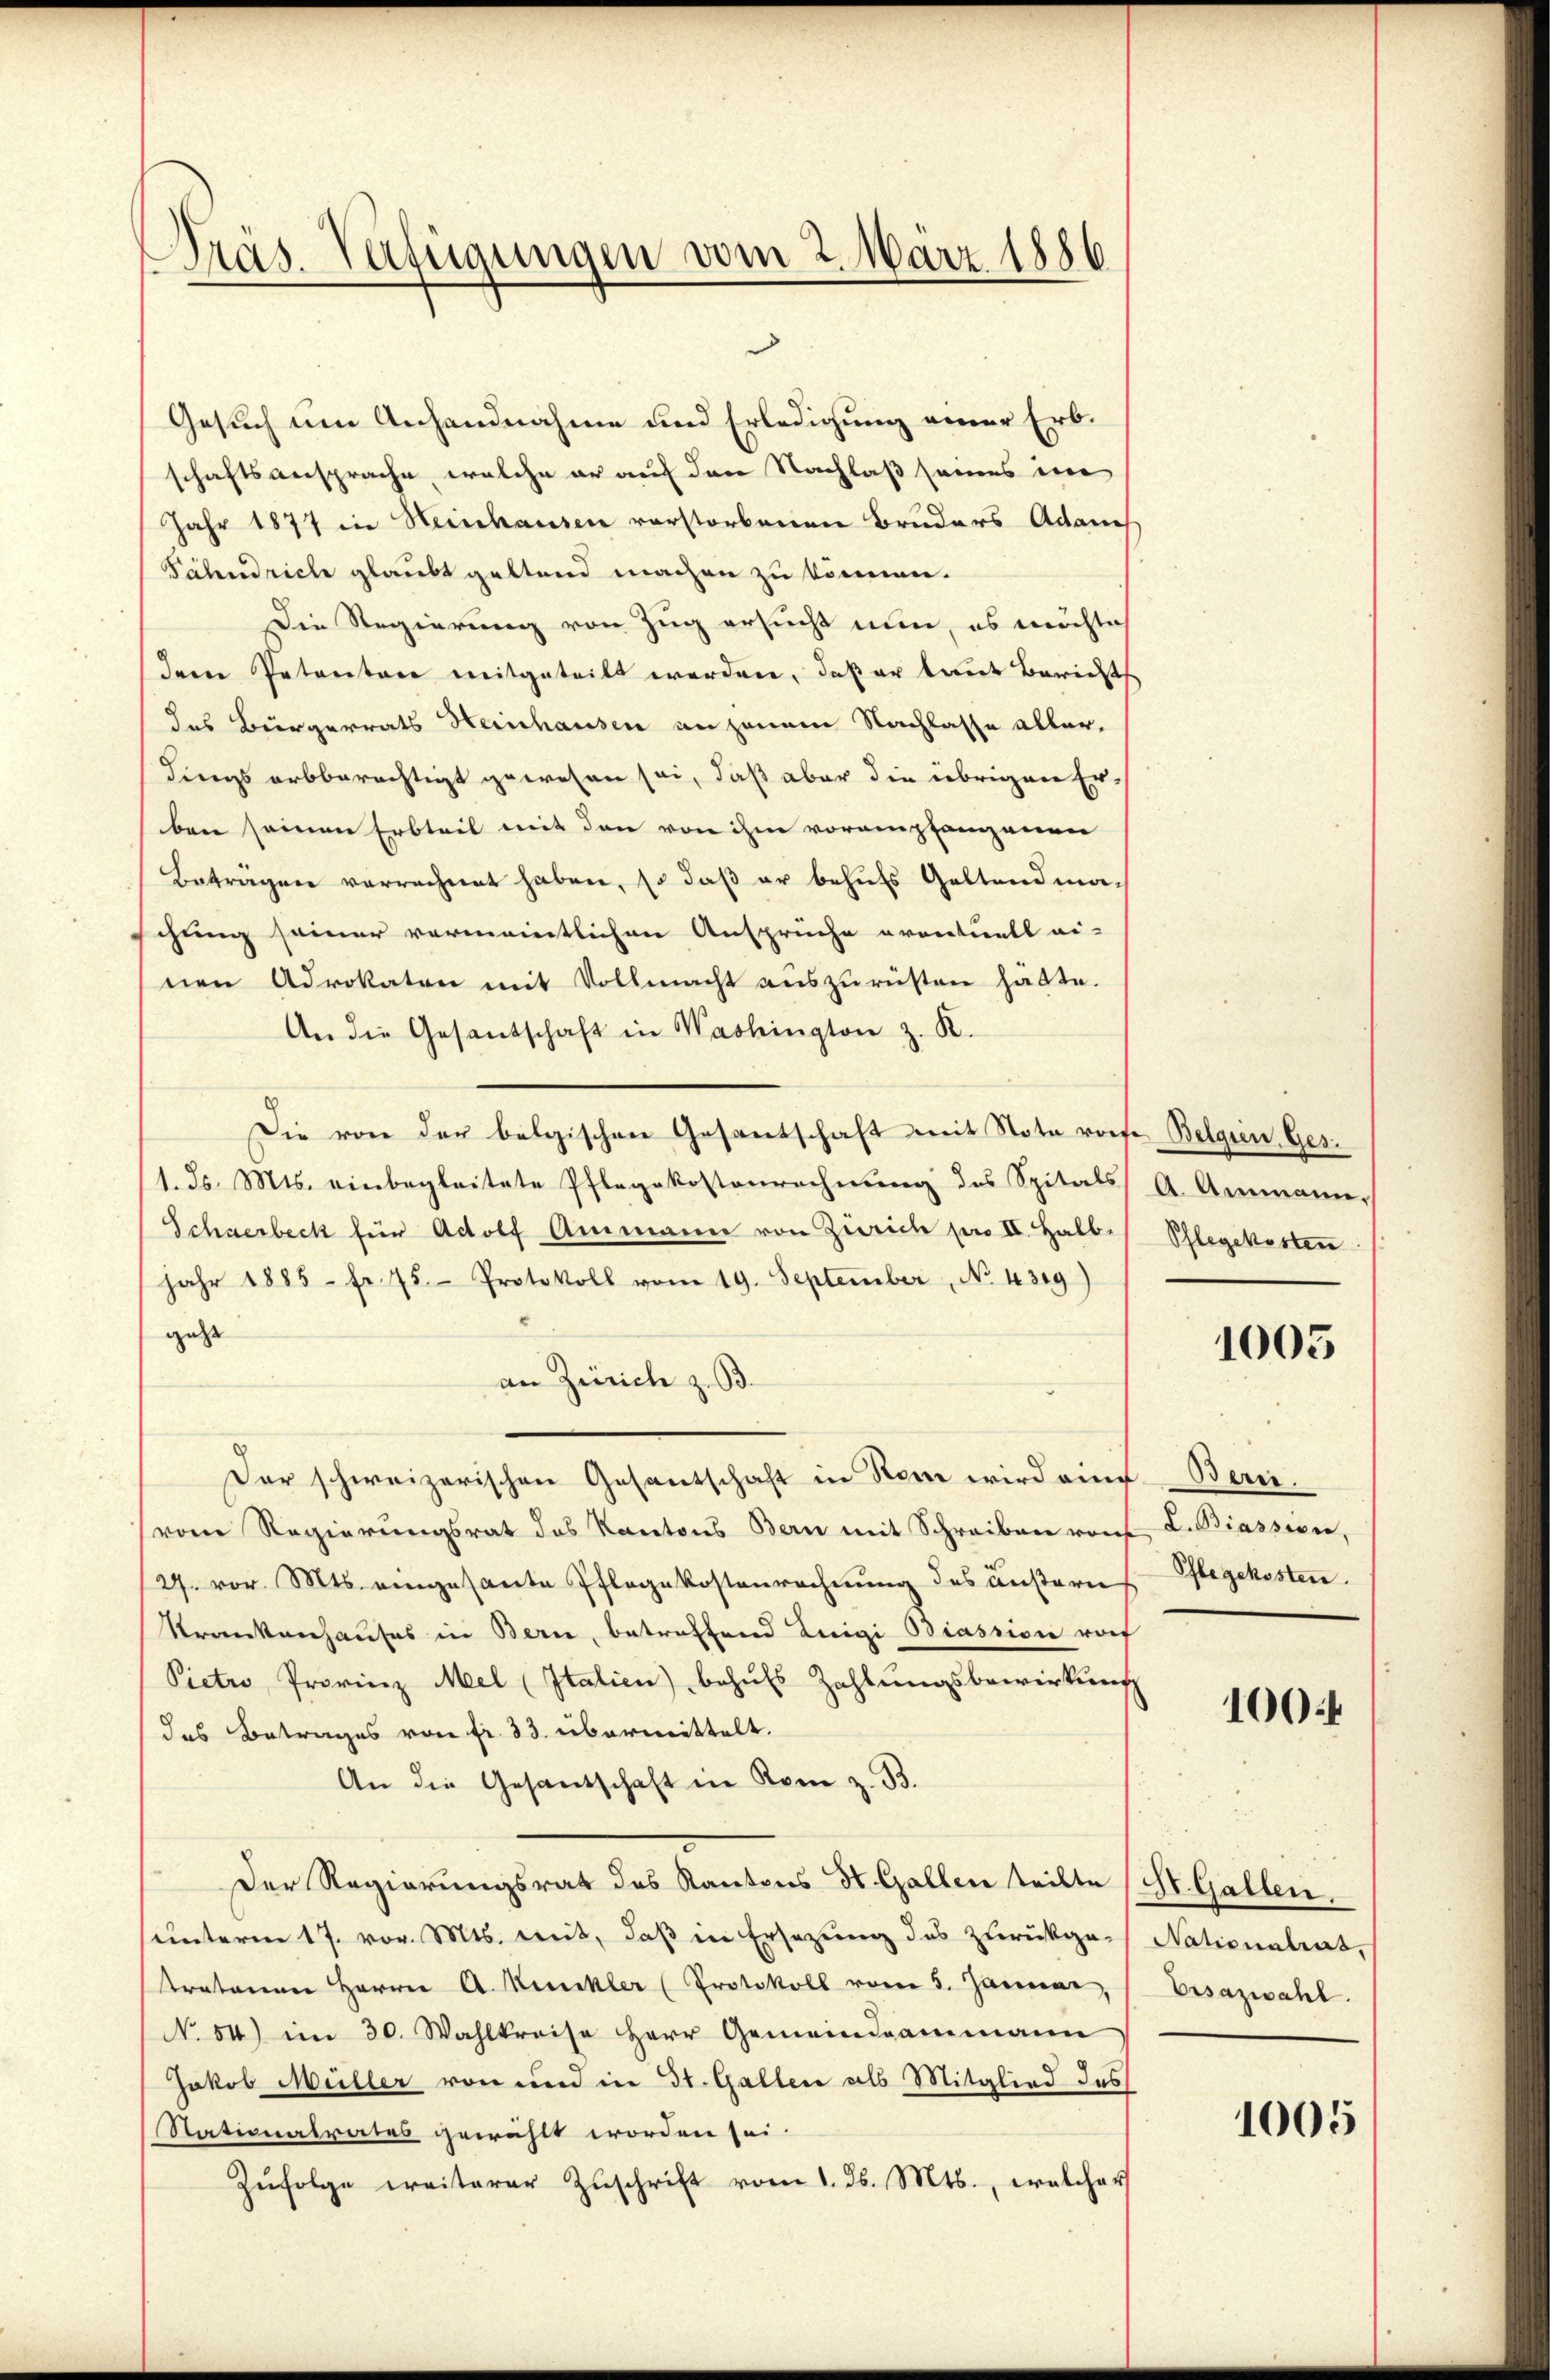
Präs. Verfügungen vom 2. März 1886

Gesuch um Anhandnahme und Erledigung einer Erbschaftsansprache, welche er auf den Nachlaß seines ine
Jahr 1877 in Heinhausen vorstorbenen Bruders Adames
Pälendrich glaubt geltend machen zu können.
Die Regierung von Zug ersucht nun, es möchlich
Iere Patentore mitgeteilt worden, daß er laut Bericht
das Bürgerrats Heinhausen an jenem Nachlasse allerdings arbberechtigt gewesen sei, daß aber die übrigen Erben seinen Erbteil mit den von ihm vorempfangenen
Beträgen verrechnet haben, so daß er behufs Geltendma-
schung seiner vermanntlichen Ansprüche eventuell ei-
nen Advokaten mit Vollmacht auszurüsten hätte.
An die Gesandschaft in Washington z. K.
Die von der belgischen Gesantschaft mit Nota riefe Belgien Ges.
1. d. Mts. einbegleitete Pflegekostenrechnung des Spitals A. Ammann,
Schwerbeck für Adolf Ammann von Zürich per II. Halb. Phlegekosten
jahr 1885 - fr. 75. Protokoll vom 19. September, No. 4319)
gehe
an Zürich z. B.
Der schweizerischen Gesantschaft in Rom wird eine Bern.
(vom Regierungsrat des Kantons Bern mit Schreiben von L. Biassive,
27. vor. Mts. eingesante Pflegekostenrechnung des äußern
Krankenhauses in Bern, betreffend Luigi Biassion rof
Pictio Provinz Mel (Italien) behufs Zahlungsbewirkung
das Betrages von fr. 33. übermittelt.
An die Gesandschaft in Rom z. B.
Der Regierungsrat des Kantons St. Gallen teilte
unterm 17. vor. Mts. mit, daß in Ersezung des zurückge-
tratonen Herrn A. Kunkler (Protokoll vom 5. Januar,
No 54) im 30. Wahlkreise Herr Gemeindeammann
Jakob Müller von und in St. Gallen als Mitglied des
Stationalrates gewählt worden sei.
Zŭfolge weiterer Zŭschrift vom 1. ds. Mts., welcher

1005

Pflegekosten.

1004

St. Gallen.
Nationalrat,
Ersazwahl.

1005